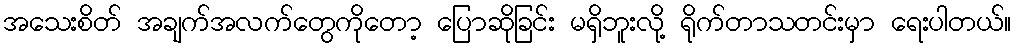
အသေးစိတ် အချက်အလက်တွေကိုတော့ ပြောဆိုခြင်း မရှိဘူးလို့ ရိုက်တာသတင်းမှာ ရေးပါတယ်။